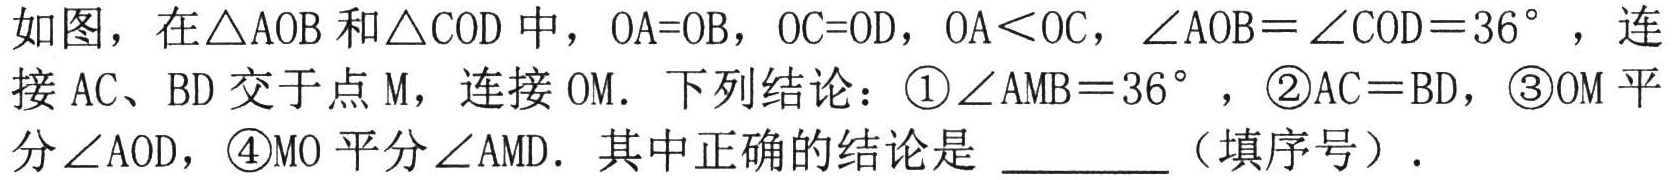
如图，在\(\triangle AOB\)和\(\triangle COD\)中，\(OA = OB\)，\(OC = OD\)，\(OA\lt OC\)，\(\angle AOB=\angle COD = 36^{\circ}\)，连接\(AC\)、\(BD\)交于点\(M\)，连接\(OM\)．下列结论：\textcircled{1}\(\angle AMB = 36^{\circ}\)，\textcircled{2}\(AC = BD\)，\textcircled{3}\(OM\)平分\(\angle AOD\)，\textcircled{4}\(MO\)平分\(\angle AMD\)．其中正确的结论是  （填序号）．